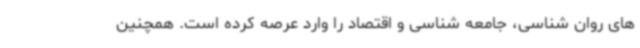
های روان شناسی، جامعه شناسی و اقتصاد را وارد عرصه کرده است. همچنین